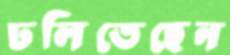
ঢলিতেছেন